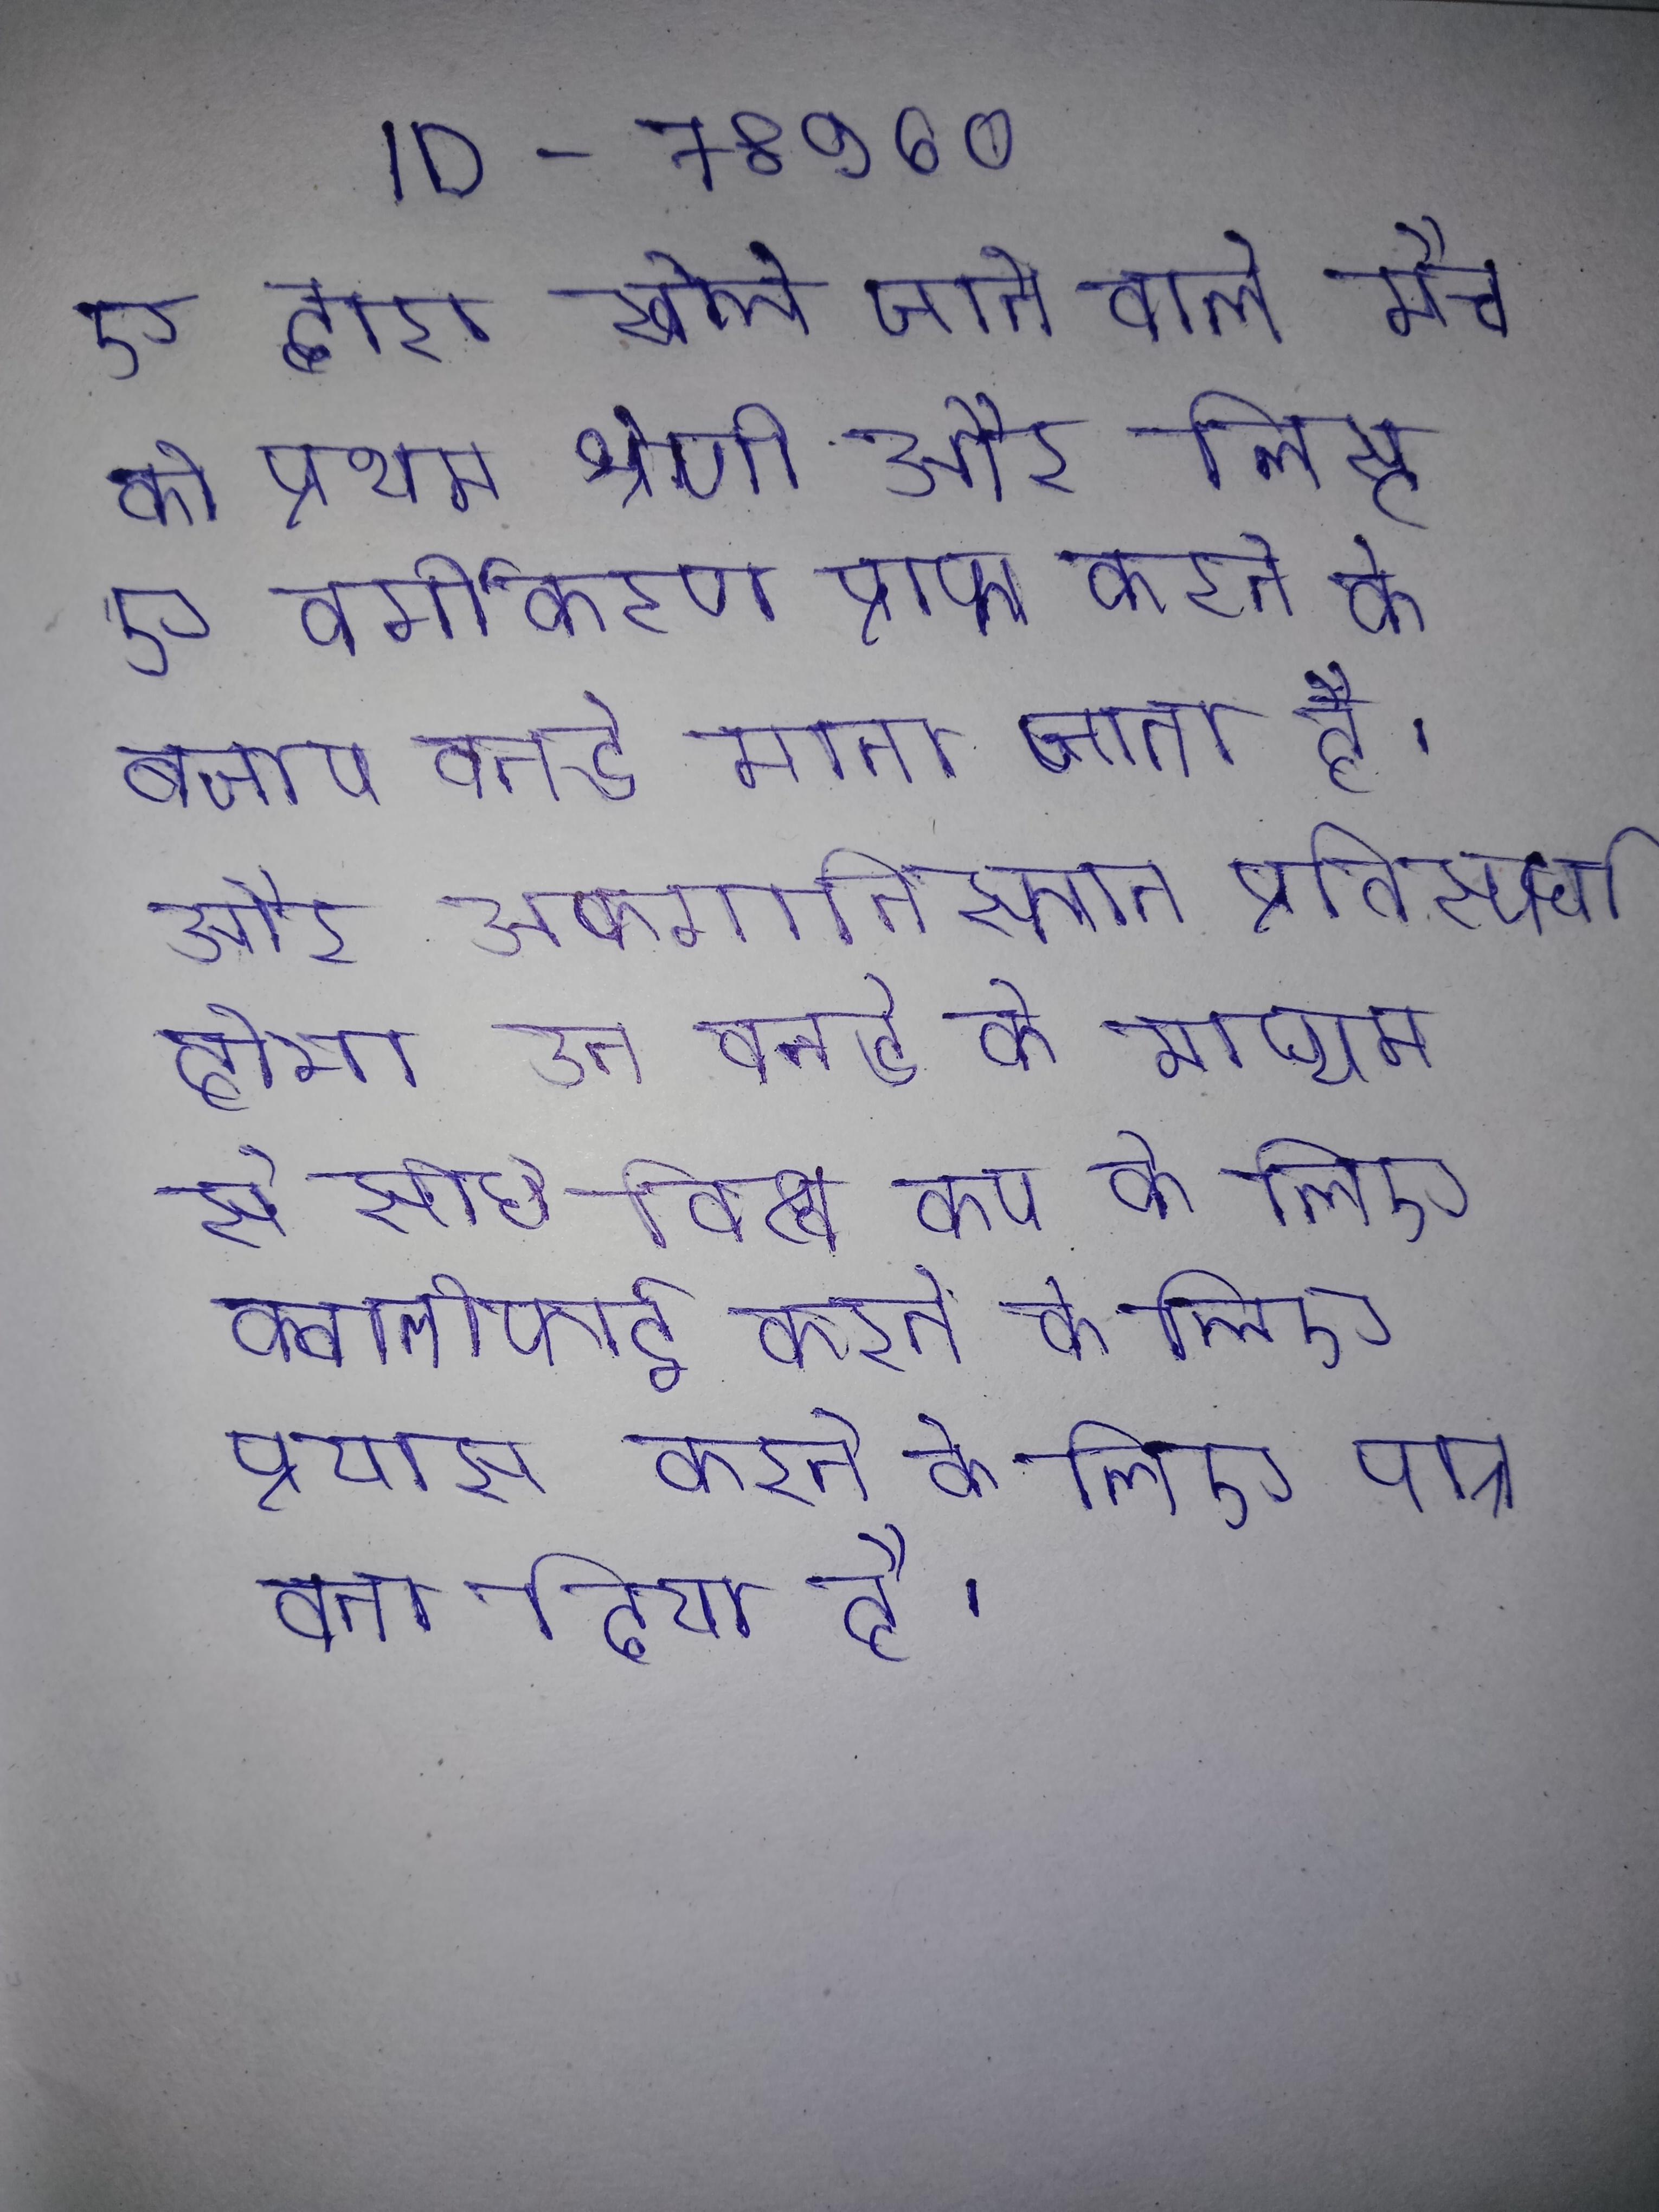
ए द्वारा खेले जाने वाले मैच को प्रथम श्रेणी और लिस्ट ए वर्गीकरण प्राप्त करने के बजाय वनडे माना जाता है । और अफगानिस्तान प्रतिस्पर्धा होगा उन वनडे के माध्यम से सीधे विश्व कप के लिए क्वालीफाई करने के लिए प्रयास करने के लिए पात्र बना दिया है ।